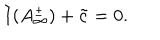
I ( A _ { \infty } ^ { \pm } ) + \tilde { c } = 0 .